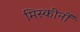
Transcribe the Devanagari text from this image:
मिस्कीनों